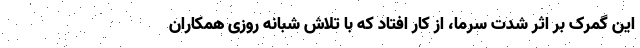
این گمرک بر اثر شدت سرما، از کار افتاد که با تلاش شبانه روزی همکاران